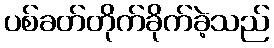
ပစ်ခတ်တိုက်ခိုက်ခဲ့သည်